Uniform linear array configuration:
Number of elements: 4
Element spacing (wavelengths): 0.25
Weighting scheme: binomial
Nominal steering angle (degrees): -60
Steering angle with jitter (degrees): -60.469
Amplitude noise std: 0.05
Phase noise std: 0.05

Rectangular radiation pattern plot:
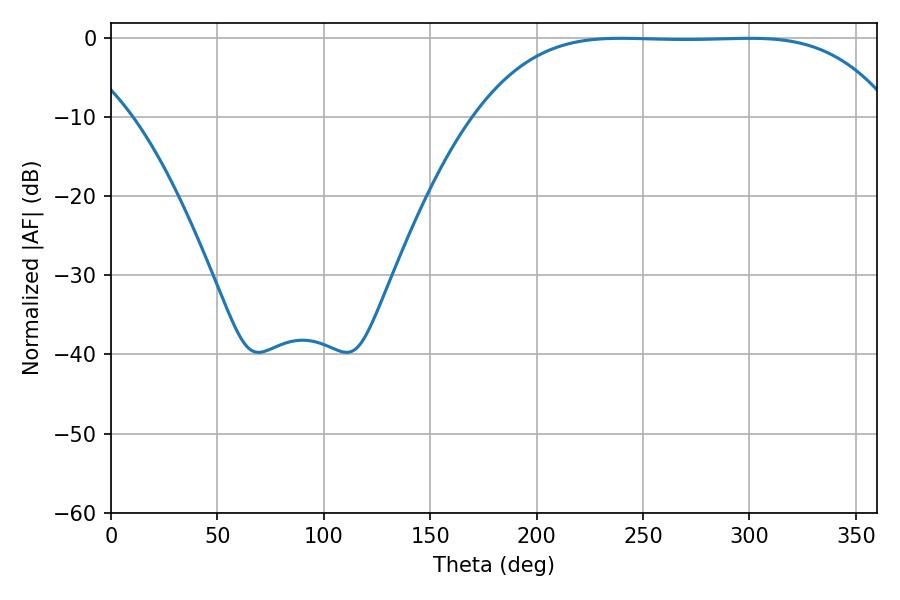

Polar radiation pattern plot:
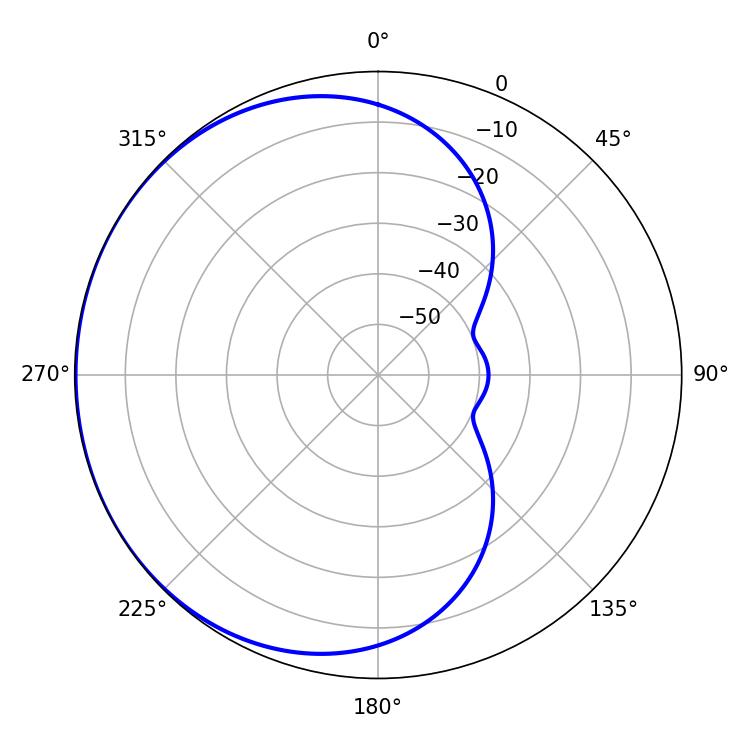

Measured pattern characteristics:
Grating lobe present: FALSE
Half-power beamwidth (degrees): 149.04
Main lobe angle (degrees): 239.76